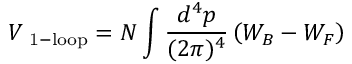
V _ { \mathrm { \footnotesize ~ 1 - l o o p } } = N \int \frac { d ^ { 4 } p } { ( 2 \pi ) ^ { 4 } } \left( W _ { B } - W _ { F } \right)